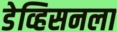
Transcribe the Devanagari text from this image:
डेव्हिसनला